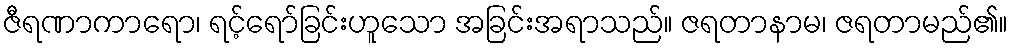
ဇီရဏာကာရော၊ ရင့်ရော်ခြင်းဟူသော အခြင်းအရာသည်။ ဇရတာနာမ၊ ဇရတာမည်၏။